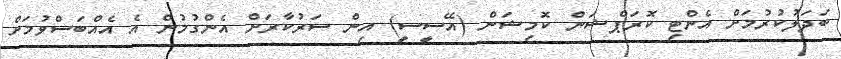
ބަދަލުކުރުމަށް އެންޓި ކޮރަޕްޝަން ކޮމިޝަން (އޭސީސީ) އިން ސަރުކާރަށް އެންގުމުން އެ އެއްބަސްވުމަށް